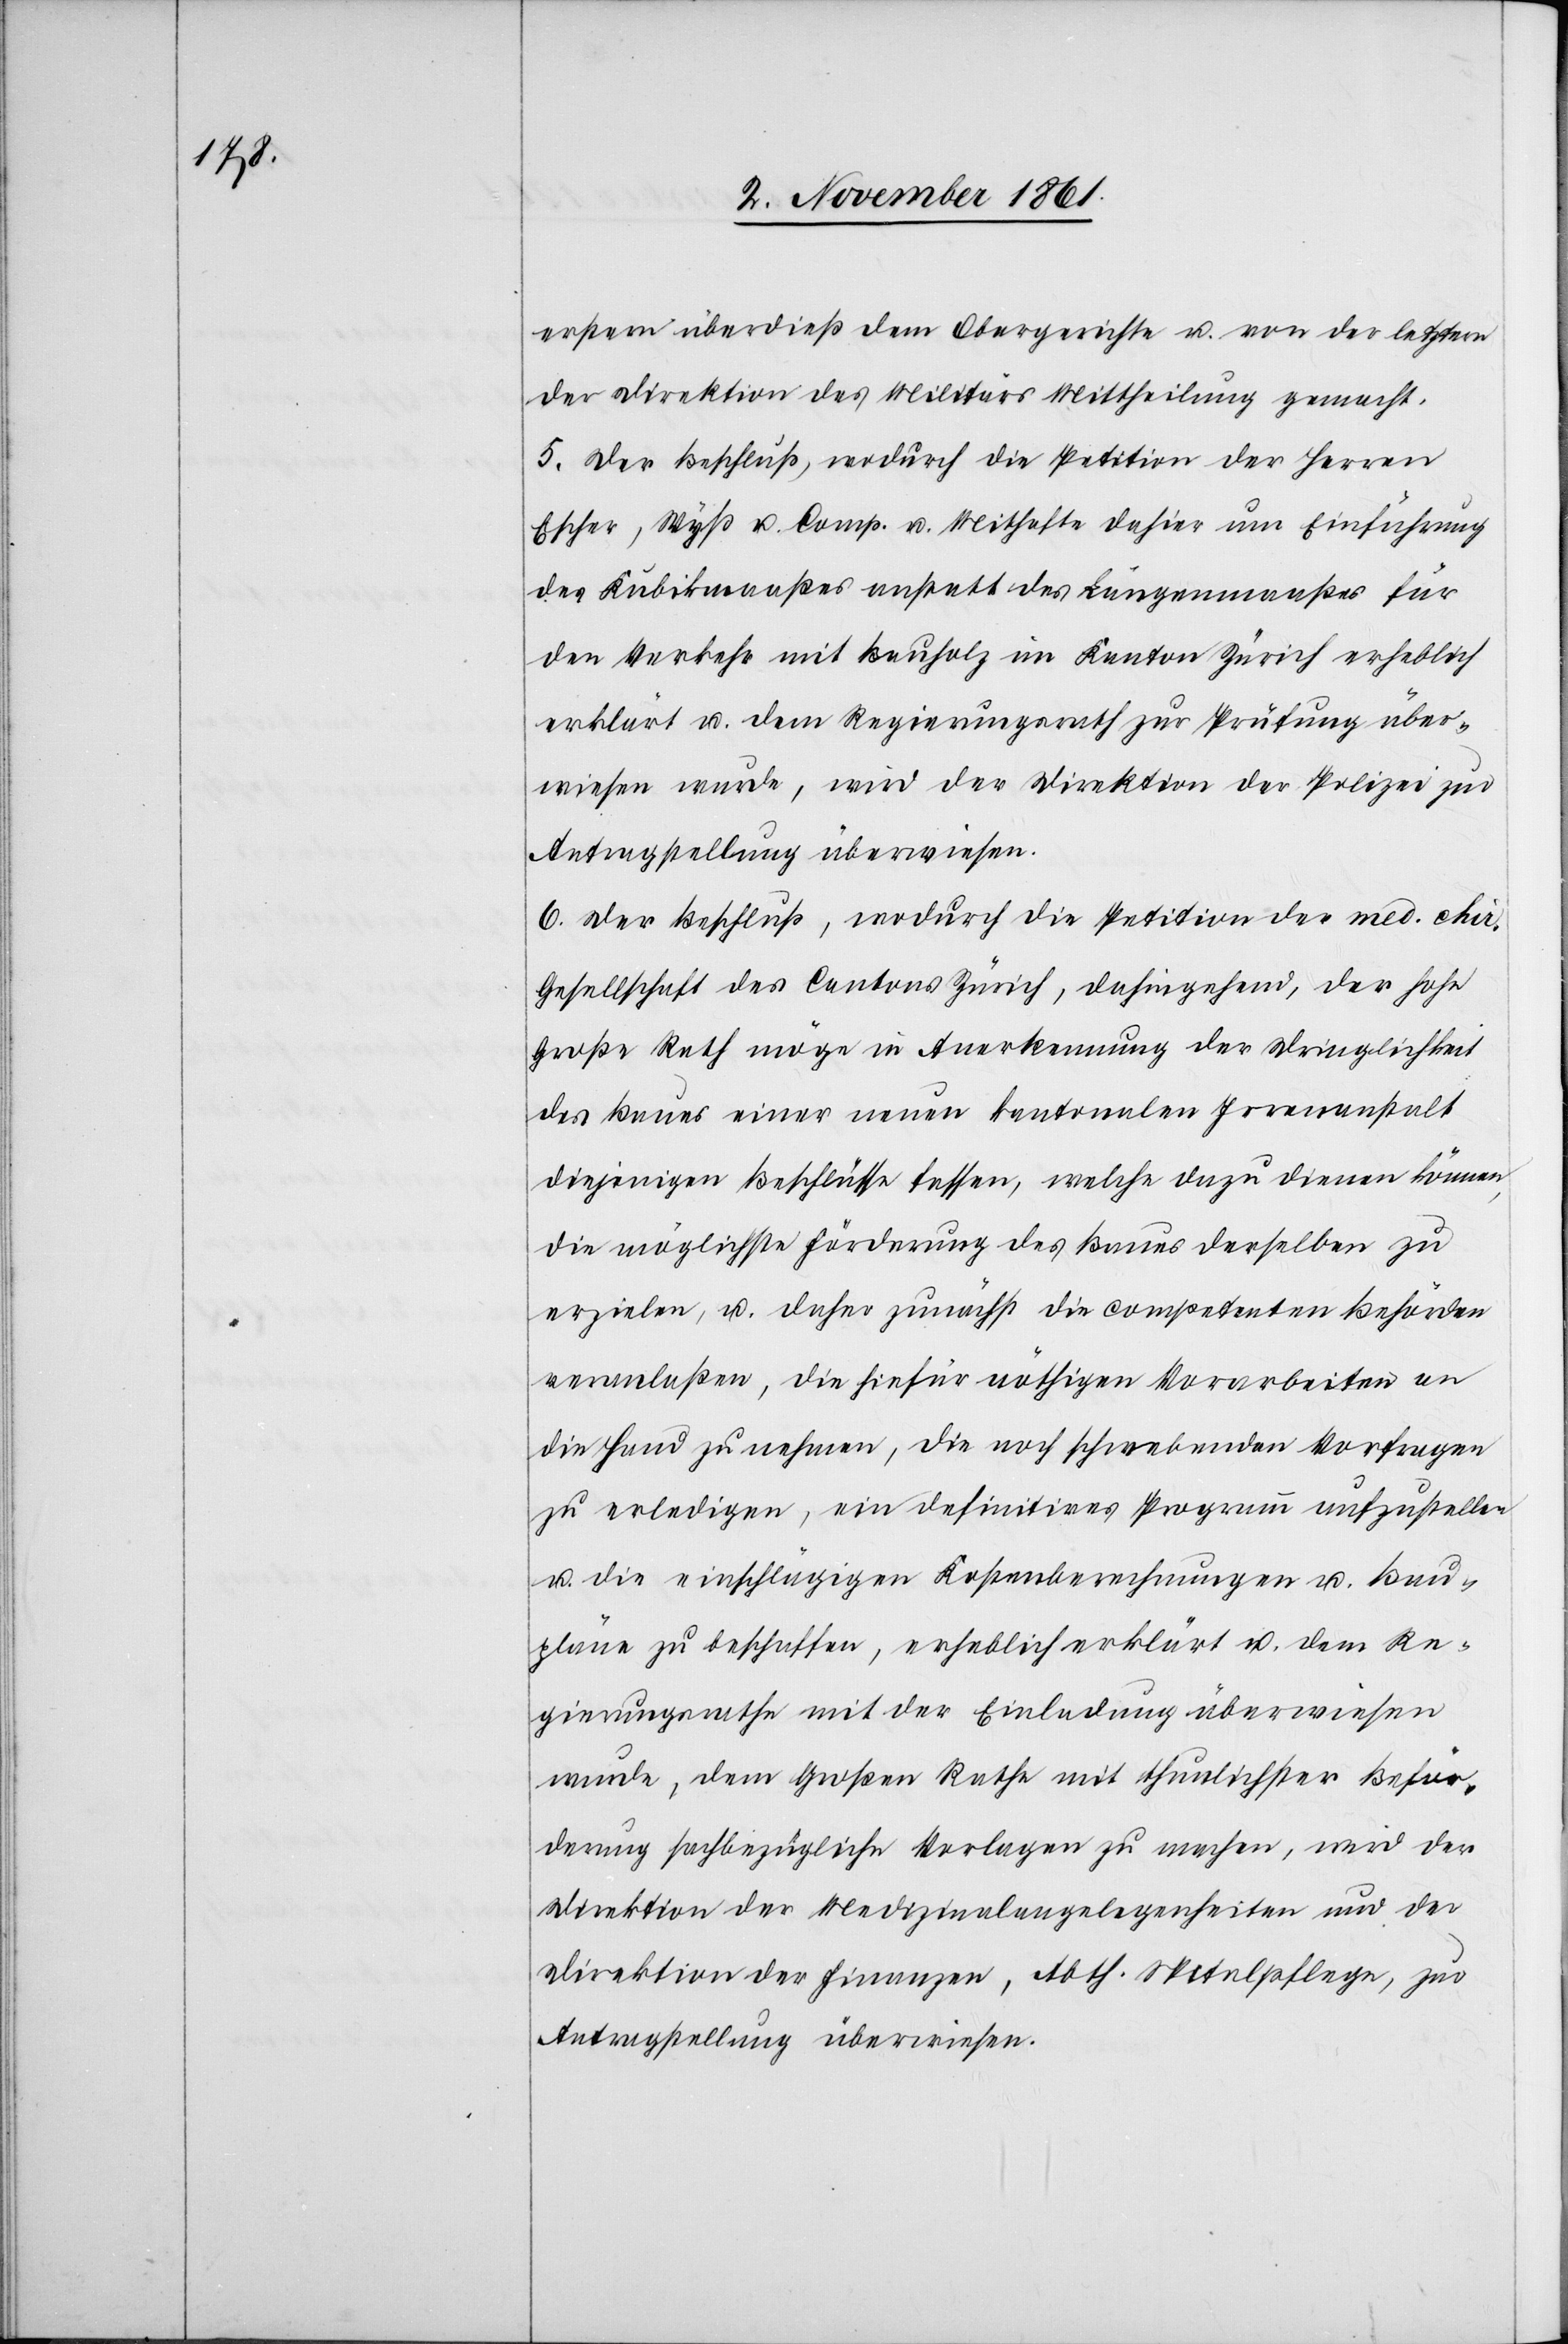
erstern überdieß dem Obergericht u. von der letztern
der Direktion des Militärs Mittheilung gemacht.
5. Der Beschluß, wodurch die Petition der Herren
Escher, Wyß u. Comp. u. Mithafte dahier um Einführung
des Kubikmaaßes anstatt des Längenmaaßes für
den Verkehr mit Bauholz im Kanton Zürich erheblich
erklärt u. dem Regierungsrathe zur Prüfung über¬
wiesen wurde, wird der Direktion der Polizei zur
Antragstellung überwiesen.
6. Der Beschluß, wodurch die Petition der med. chir.
Gesellschaft des Cantons Zürich, dahingehend, der hohe
Große Rath möge in Anerkennung der Dringlichkeit
des Baues einer neuen kantonalen Irrenanstalt
diejenigen Beschlüsse fassen, welche dazu dienen können
die möglichste Förderung des Baues derselben zu
erzielen, u. daher zunächst die competenten Behörden
veranlaßen, die hiefür nöthigen Vorarbeiten an
die Hand zu nehmen, die noch schwebenden Vorfragen
zu erledigen, ein definitives Programm aufzustellen
u. die einschlägigen Kostenberechnungen u. Bau¬
pläne zu schaffen, erheblich erklärt u. dem Re¬
gierungsrathe mit der Einladung überwiesen
wurde, dem Großen Rathe mit thunlichster Beför¬
derung sachbezügliche Vorlagen zu machen, wird der
Direktion der Medizinalangelegenheiten und der
Direktion der Finanzen, Abth. Spitalpflege, zur
Antragstellung überwiesen.